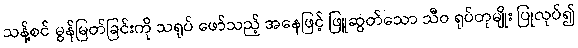
သန့်စင် မွန်မြတ်ခြင်းကို သရုပ် ဖော်သည့် အနေဖြင့် ဖြူဆွတ်သော သီဝ ရုပ်တုမျိုး ပြုလုပ်၍